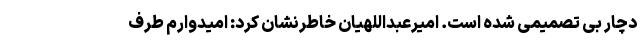
دچار بی تصمیمی شده است. امیرعبداللهیان خاطرنشان کرد: امیدوارم طرف